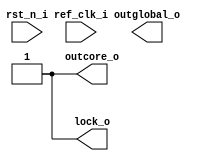
// `default_nettype none
module vga_pll(
    input  wire ref_clk_i,      // 48MHz
    input  wire rst_n_i,

    output wire outcore_o,
    output wire outglobal_o,   // 25MHz

    output wire lock_o);

    // Generate 25MHz clk
    reg clk = 0;
    always #20 clk = !clk;
    assign outglobal_o = clk;

    reg lock = 0;
    always #100 lock = 1;
    assign lock_o = lock;

endmodule